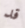
قد